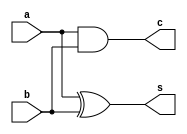
`timescale 1ns / 1ps
//////////////////////////////////////////////////////////////////////////////////
// Company: 
// 
// Design Name: Half Adder Structural
// Module Name: Half_Adder_Structural
// Project Name: 
// Target Devices: 
// Tool Versions: Vivado 2021.2
// Description: 
// 
// Dependencies: 
// 
// Revision:
// Revision 0.01 - File Created
// Additional Comments:
// 
//////////////////////////////////////////////////////////////////////////////////


module Half_Adder_Structural(
    c,      // carry
    s,      // sum
    a,      // a
    b       // b
    );
    
    output c;
    output s;
    input a;
    input b;
         
    and(c, a, b);
    xor(s, a, b);
endmodule